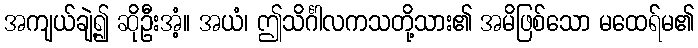
အကျယ်ချဲ့၍ ဆိုဦးအံ့။ အယံ၊ ဤသိင်္ဂါလကသတို့သား၏ အမိဖြစ်သော မထေရ်မ၏